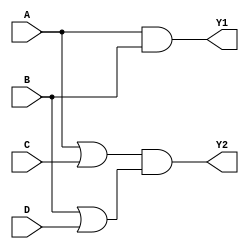
module combinational_logic_block (
    input wire A,
    input wire B,
    input wire C,
    input wire D,
    output wire Y1,
    output wire Y2
);

// Level 1: Initial Logic Expression
// Example logic expressions (can be modified based on specific requirements)
// Y1 = (A AND B) OR (C AND NOT D)
// Y2 = (A OR C) AND (B OR D)

wire AB;       // Intermediate signal for A AND B
wire C_not;    // Intermediate signal for NOT C
wire CD;       // Intermediate signal for C AND D
wire A_or_C;   // Intermediate signal for A OR C
wire B_or_D;   // Intermediate signal for B OR D

// Level 2: First Simplification
// Simplified expressions based on Boolean algebra
assign AB = A & B;          // A AND B
assign C_not = ~C;          // NOT C
assign CD = C & D;          // C AND D

// Level 3: Factorization
// Reuse common terms to reduce gate count
assign Y1 = AB | (C & C_not & D); // Y1 = (A AND B) OR (C AND NOT D)
assign A_or_C = A | C;           // A OR C
assign B_or_D = B | D;           // B OR D

// Level 4: Multi-Level Optimization
// Y2 = (A OR C) AND (B OR D)
assign Y2 = A_or_C & B_or_D; // Final expression for Y2

endmodule